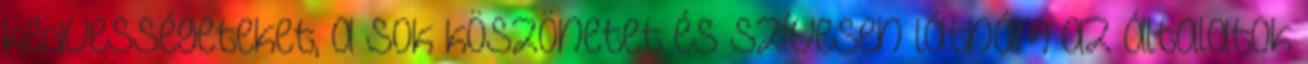
kedvességeteket, a sok köszönetet és szívesen látnám az általatok